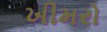
ખીમરો